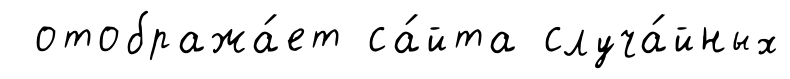
отобража́ет са́йта случа́йных